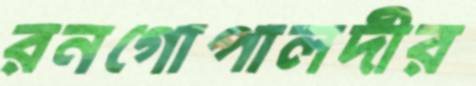
রনগোপালদীর